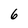
Character: 6